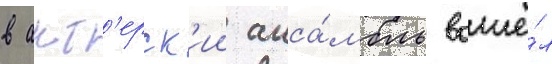
в акт'ерск'ии анса́мбль вошё́л